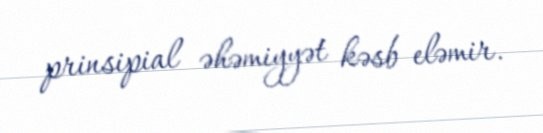
prinsipial əhəmiyyət kəsb eləmir.